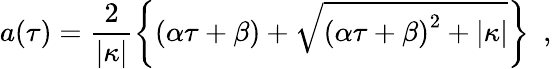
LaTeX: a(\tau)=\frac{2}{\vert\kappa\vert}\left\{ \left(\alpha\tau+\beta\right)+\sqrt{\left(\alpha\tau+\beta\right)^{2}+\vert\kappa\vert}\right\} \ \ ,